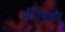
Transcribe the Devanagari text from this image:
सैनिकऔर